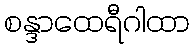
စန္ဒာထေရီဂါထာ